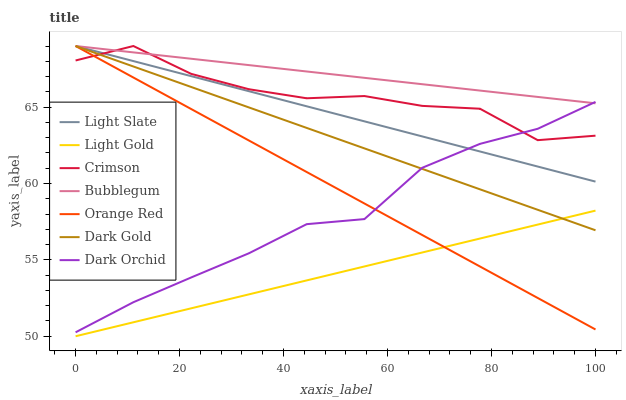
| xaxis_label | Light Slate | Light Gold | Crimson | Bubblegum | Orange Red | Dark Gold | Dark Orchid |
 | --- | --- | --- | --- | --- | --- | --- | --- |
 | 0 | 69 | 50 | 68.1 | 69 | 69 | 69 | 50.3 |
 | 11.1 | 68 | 50.9 | 69 | 68.6 | 66.9 | 67.7 | 52.2 |
 | 22.2 | 67 | 51.8 | 67.2 | 68.2 | 64.9 | 66.3 | 53.8 |
 | 33.3 | 66 | 52.7 | 66.2 | 67.7 | 62.8 | 65 | 55.4 |
 | 44.4 | 65.1 | 53.7 | 65.6 | 67.3 | 60.8 | 63.6 | 57.3 |
 | 55.6 | 64.1 | 54.6 | 65.7 | 66.9 | 58.7 | 62.3 | 57.7 |
 | 66.7 | 63.1 | 55.5 | 65.1 | 66.5 | 56.6 | 61 | 61 |
 | 77.8 | 62.1 | 56.4 | 64.9 | 66.1 | 54.6 | 59.6 | 62.6 |
 | 88.9 | 61.1 | 57.3 | 62.8 | 65.7 | 52.5 | 58.3 | 63.6 |
 | 100 | 60.1 | 58.2 | 63.1 | 65.2 | 50.4 | 56.9 | 65.3 |